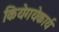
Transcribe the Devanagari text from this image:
कियेगयेकार्य